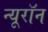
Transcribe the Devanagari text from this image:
न्‍यूरॉन